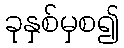
ခုနှစ်မှစ၍